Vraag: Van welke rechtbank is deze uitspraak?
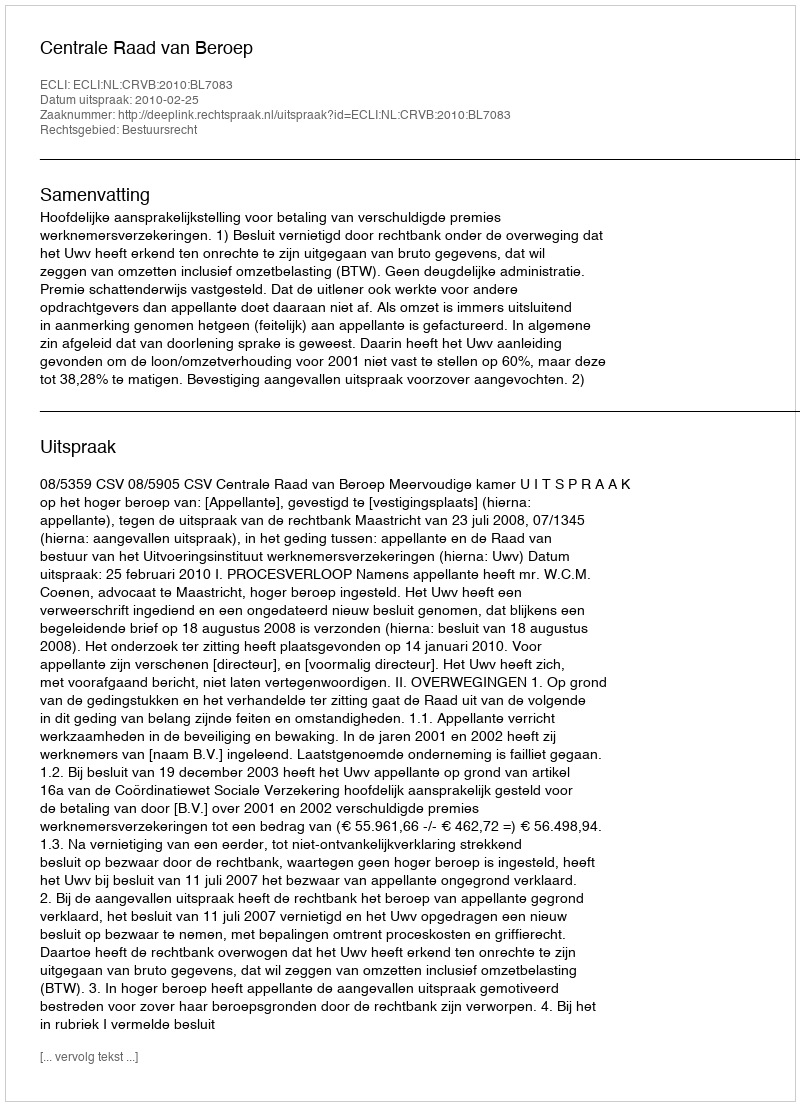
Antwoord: Centrale Raad van Beroep